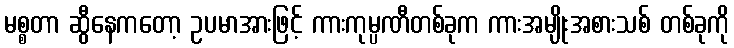
မစ္စတာ ဆွီနေကတော့ ဥပမာအားဖြင့် ကားကုမ္ပဏီတစ်ခုက ကားအမျိုးအစားသစ် တစ်ခုကို